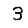
Digit: 3